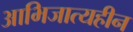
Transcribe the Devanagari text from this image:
आभिजात्यहीन